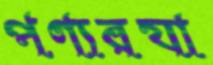
পণ্যরযা